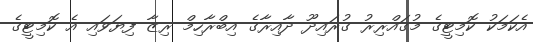
އެކަމަކު ކޮމިޓީގެ މުގައްރިރު ގުރައިދޫ ދާއިރާގެ އިބްރާހިމް ރިޒާ ފިޔަވައި އެ ކޮމިޓީގެ